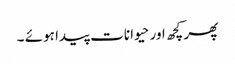
پھر کچھ اور حیوانات پیدا ہوئے ۔